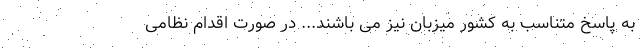
به پاسخ متناسب به کشور میزبان نیز می باشند... در صورت اقدام نظامی